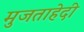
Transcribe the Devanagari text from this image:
मुजताहेदी